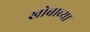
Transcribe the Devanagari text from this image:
खोबाच्या